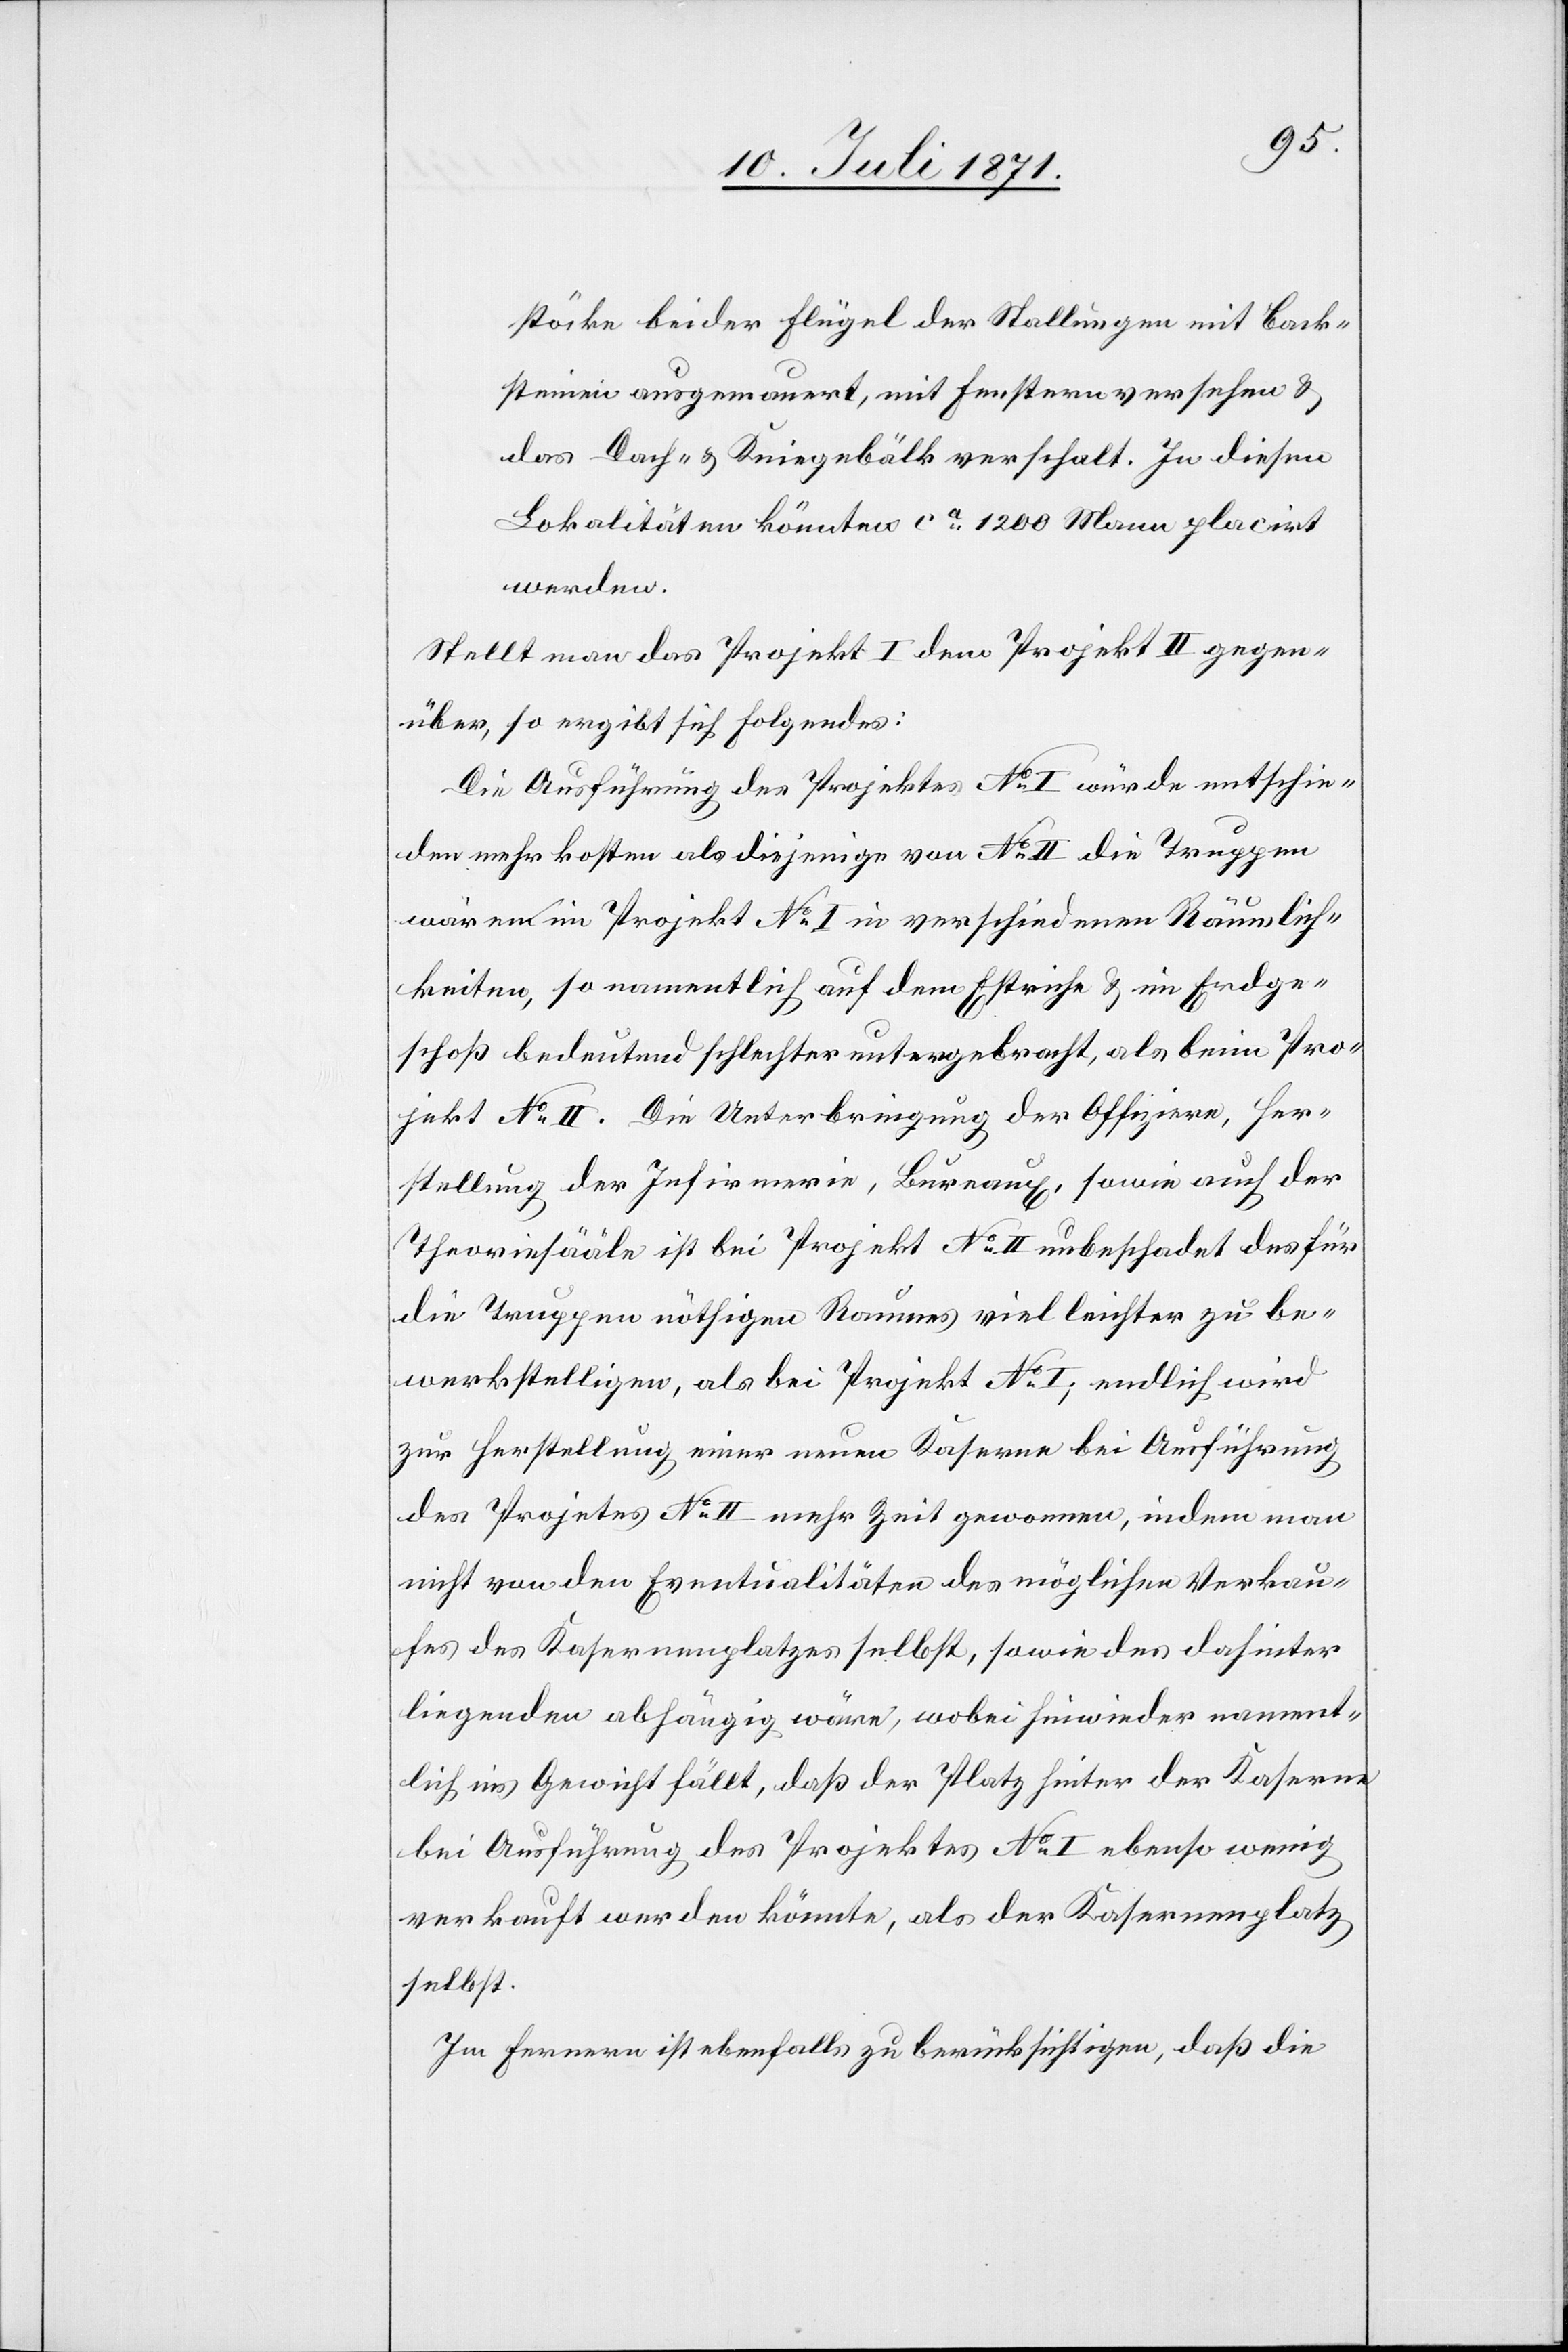
stöcke beider Flügel der Stallungen mit Back¬
steinen ausgemauert, mit Fenstern versehen u.
das Dach- u. Kniegebälk verschalt. In diesen
Lokalitäten könnten ca. 1200 Mann placirt
werden.
Stellt man das Projekt I dem Projekt II gegen¬
über, so ergibt sich Folgendes:
Die Ausführung des Projektes No. I würde entschie¬
den mehr kosten als diejenige von No. II die Truppen
wären im Projekt No. 1 in verschiedenen Räumlich¬
keiten, so namentlich auf dem Estriche u. im Erdge¬
schoß bedeutend schlechter untergebracht, als beim Pro¬
jekt No. II. Die Unterbringung der Offiziere, Her¬
stellung der Infirmerie, Bureaux, sowie auch der
Theoriesääle ist bei Projekt No. II unbeschadet des für
die Truppen nöthigen Raumes viel leichter zu be¬
werkstelligen, als bei Projekt No. I, endlich wird
zur Herstellung einer neuen Kaserne bei Ausführung
des Projektes No. II mehr Zeit gewonnen, indem man
nicht von den Eventualitäten des möglichen Verkau¬
fes des Kasernenplatzes selbst, sowie des dahinter
liegenden abhängig wäre, wobei hiewieder nament¬
lich ins Gewicht fällt, daß der Platz hinter der Kaserne
bei Ausführung des Projektes No. I ebenso wenig
verkauft werden könnte, als der Kasernenplatz
selbst.
Im Fernern ist ebenfalls zu berücksichtigen, daß die